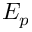
E _ { p }